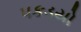
પકડયો